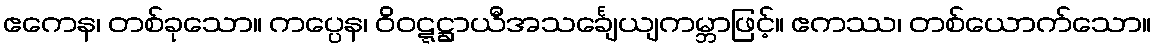
ဧကေန၊ တစ်ခုသော။ ကပ္ပေန၊ ဝိဝဋ္ဋဋ္ဌာယီအသင်္ချေယျကမ္ဘာဖြင့်။ ဧကဿ၊ တစ်ယောက်သော။